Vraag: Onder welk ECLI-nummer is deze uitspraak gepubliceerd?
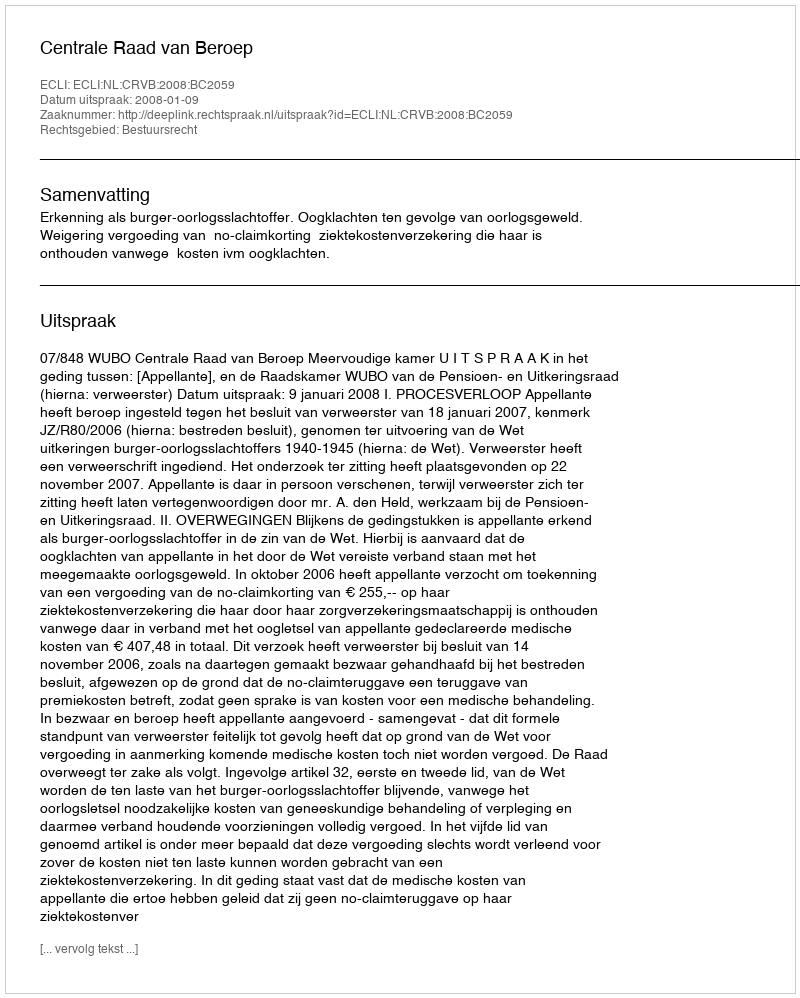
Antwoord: ECLI:NL:CRVB:2008:BC2059